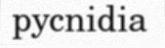
pycnidia